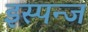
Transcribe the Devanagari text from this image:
इस्पन्ज